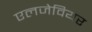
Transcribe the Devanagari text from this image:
एलजेवियर